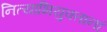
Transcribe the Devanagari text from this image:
नित्याभियुक्तानां